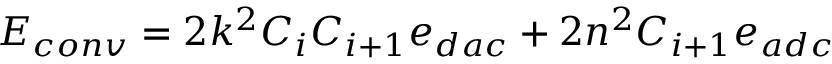
E _ { c o n v } = 2 k ^ { 2 } C _ { i } C _ { i + 1 } e _ { d a c } + 2 n ^ { 2 } C _ { i + 1 } e _ { a d c }